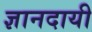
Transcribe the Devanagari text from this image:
ज्ञानदायी